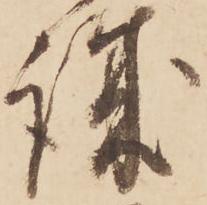
誠